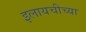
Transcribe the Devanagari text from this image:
इलायचीच्या